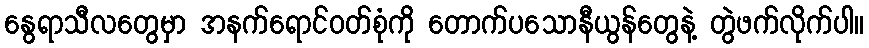
နွေရာသီလတွေမှာ အနက်ရောင်ဝတ်စုံကို တောက်ပသောနီယွန်တွေနဲ့ တွဲဖက်လိုက်ပါ။